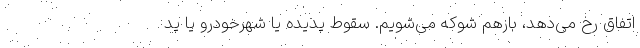
اتفاق رخ می‌دهد، بازهم شوکه می‌شویم. سقوط پدیده یا شهرخودرو یا پد